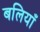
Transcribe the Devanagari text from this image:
बलियाँ